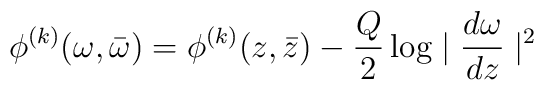
\phi^{(k)}(\omega,\bar{\omega})=\phi^{(k)}(z,\bar{z})-\frac{Q}{2}\log\mid\frac{d\omega}{dz}\mid^2